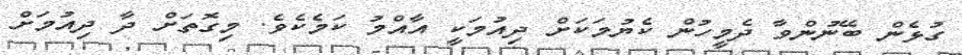
ގުޅެން ބޭނުންވާ ދެމީހުން ކެޔުމަކަށް ދިއުމަކީ އާއްމު ކަމެކެވެ. މިގޮތަށް ދާ ދިއުމަށް